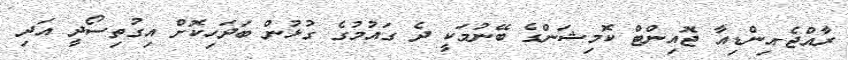
ރާއްޖެ-އިންޑިއާ ޖޮއިންޓް ކޮމިޝަންގެ ބޭނުމަކީ ދެ ގައުމުގެ ގުޅުން ބަދަހިކޮށް އިގުތިސޯދީ އަދި